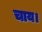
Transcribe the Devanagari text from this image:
चाय।